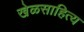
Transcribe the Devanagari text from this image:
खेळसाहित्य